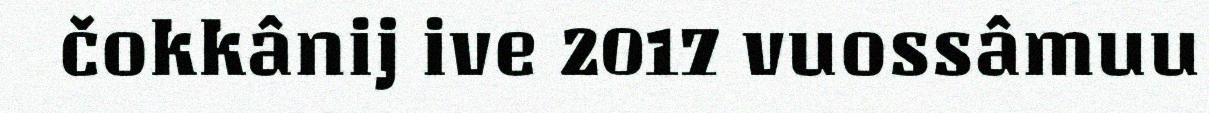
čokkânij ive 2017 vuossâmuu